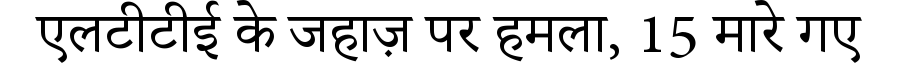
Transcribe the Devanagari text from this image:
एलटीटीई के जहाज़ पर हमला, 15 मारे गए